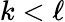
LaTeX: k<\ell